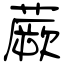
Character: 蕨